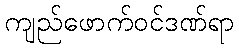
ကျည်ဖောက်ဝင်ဒဏ်ရာ